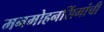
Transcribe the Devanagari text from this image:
मनमोहनसिंगांची